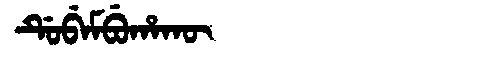
Manchu: ᡩᡠᠪᡝᠮᠪᡠᡥᠠᡴᡡ
Romanization: DUBEMBUHAKŪ